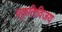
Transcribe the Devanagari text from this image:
प्रकृतिविजय